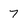
Character: 7